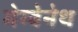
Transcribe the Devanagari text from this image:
मेग्बेनेथ